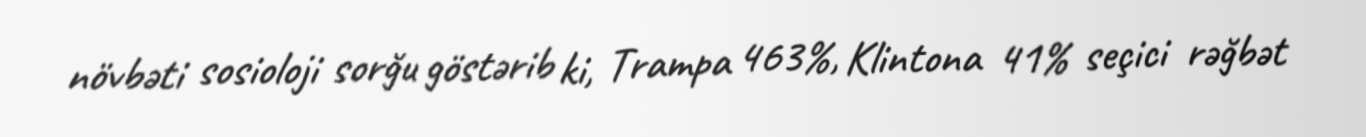
növbəti sosioloji sorğu göstərib ki, Trampa 463%, Klintona 41% seçici rəğbət